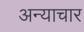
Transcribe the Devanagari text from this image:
अन्याचार